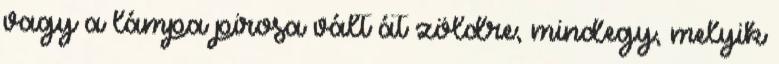
vagy a lámpa pirosa vált át zöldre; mindegy, melyik